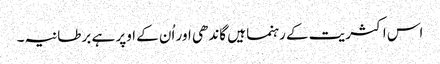
اس اکثریت کے رہنما ہیں گاندھی اور اُن کے اوپر ہے برطانیہ۔